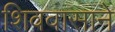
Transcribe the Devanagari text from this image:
शिववासाने